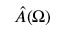
\hat { A } ( \Omega )